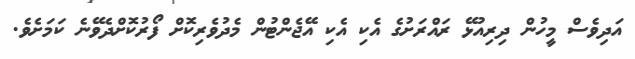
އަދިވެސް މީހުން ދިރިއުޅޭ ރައްރަށުގެ އެކި އެކި އޭޖެންޓުން މެދުވެރިކޮށް ފޯރުކޮށްދެވޭނެ ކަމަށެވެ.